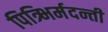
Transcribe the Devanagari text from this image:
पित्र्भिर्मदन्ती